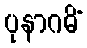
ပုနာဂမိံ